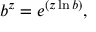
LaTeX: b ^ { z } = e ^ { ( z \ln b ) } ,